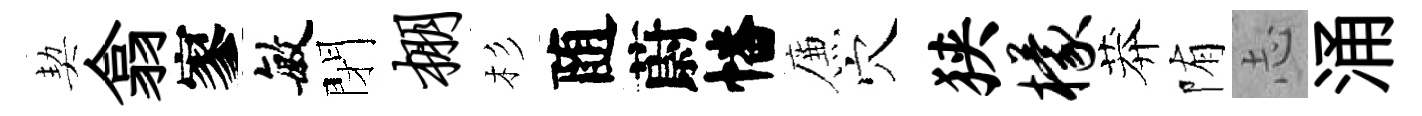
契翕寥敏閉棚杉随蔚幡簾穴狭檬莽陏𢖽涌